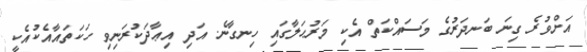
އަށްވުރެ ގިނަ ބަނދަރުގެ މަސައްކަތް އެކި މަރުޙަލާގައި ހިނގާނެ. އަދި އިޢާދަކުރަނިވި ހަކަތައާއެކުއެކީ